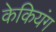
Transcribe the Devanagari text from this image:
केकियंग